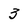
Character: 3